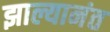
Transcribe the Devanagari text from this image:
झाल्यानंत